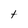
Character: t